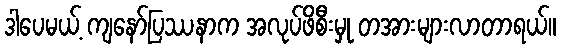
ဒါပေမယ့် ကျနော်ပြဿနာက အလုပ်ဖိစီးမှု တအားများလာတာရယ်။